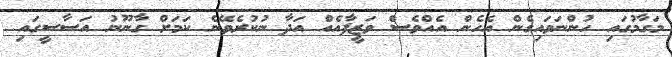
މަގާމުގައި ހުންނަވައިގެން އެހެން އެއްވެސް ވަޒީފާއެއް އަދާ ނުކުރެވޭނެ ކަމަށް ގާނޫނު އަސާސީގައި